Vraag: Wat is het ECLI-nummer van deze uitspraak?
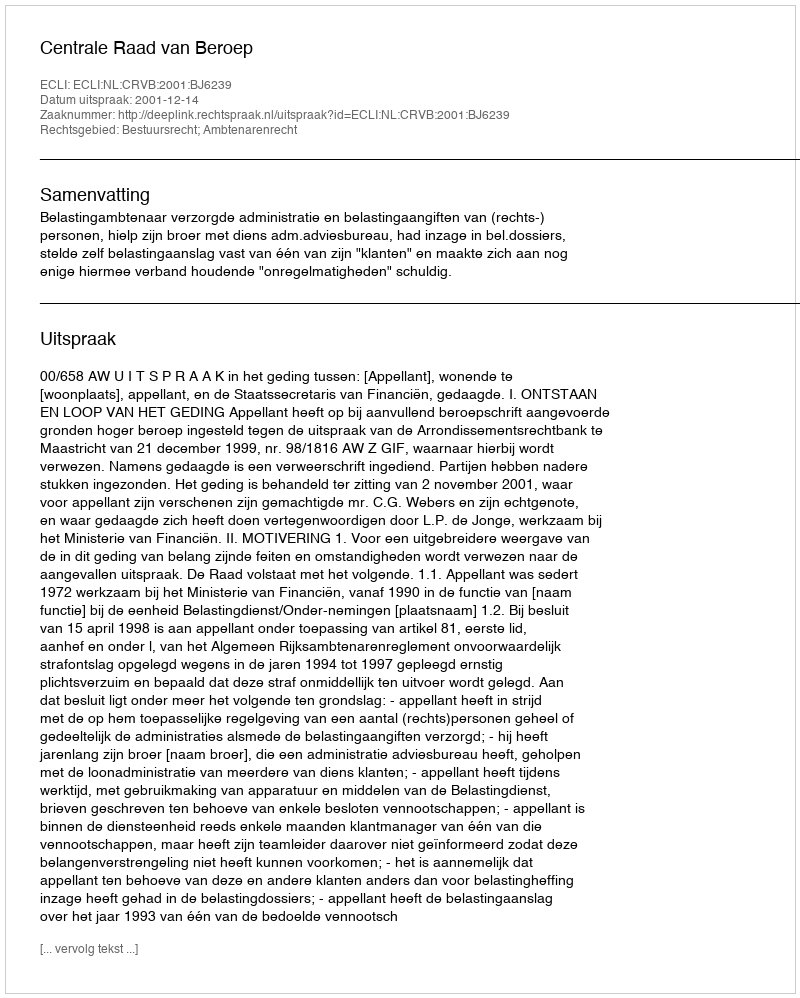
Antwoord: ECLI:NL:CRVB:2001:BJ6239